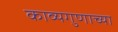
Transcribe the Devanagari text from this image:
काव्यगुणाच्या